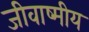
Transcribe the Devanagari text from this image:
जीवाष्मीय